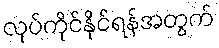
လုပ်ကိုင်နိုင်ရန်အတွက်